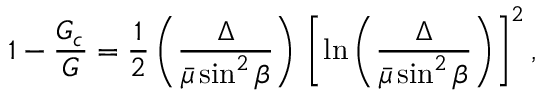
1 - { \frac { G _ { c } } { G } } = { \frac { 1 } { 2 } } \left( { \frac { \Delta } { \bar { \mu } \sin ^ { 2 } \beta } } \right) \, \left[ \ln \left( { \frac { \Delta } { \bar { \mu } \sin ^ { 2 } \beta } } \right) \right] ^ { 2 } ,